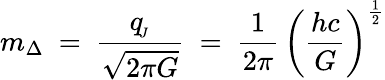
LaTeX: m_{\Delta}\ =\ \frac{q_{\! _{J}}}{\sqrt{2\pi G}}\ =\ \frac{1}{2\pi}\, \left({\frac{hc}{G}}\right)^{\frac{1}{2}}